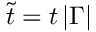
\tilde { t } = t \, | \Gamma |